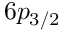
6 p _ { 3 / 2 }